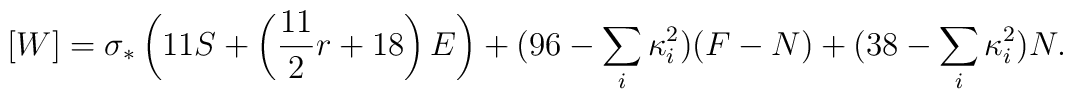
[W]=\sigma_*\left(11 S + \left({11\over 2} r + 18 \right) E\right) +(96 - \sum_i\kappa_i^2)(F-N) +(38 - \sum_i\kappa_i^2)N.